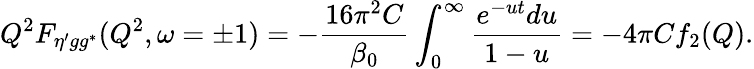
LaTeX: Q^{2}F_{\eta^{\prime}gg^{*}}(Q^{2},\omega=\pm 1)=-\frac{16\pi^{2}C}{\beta_{0}}\int_{0}^{\infty}\frac{e^{-ut}du}{1-u}=-4\pi Cf_{2}(Q).